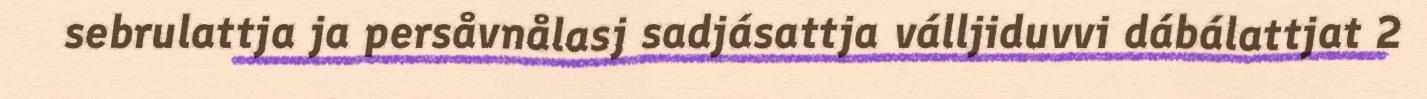
sebrulattja ja persåvnålasj sadjásattja válljiduvvi dábálattjat 2